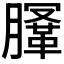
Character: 𣎤